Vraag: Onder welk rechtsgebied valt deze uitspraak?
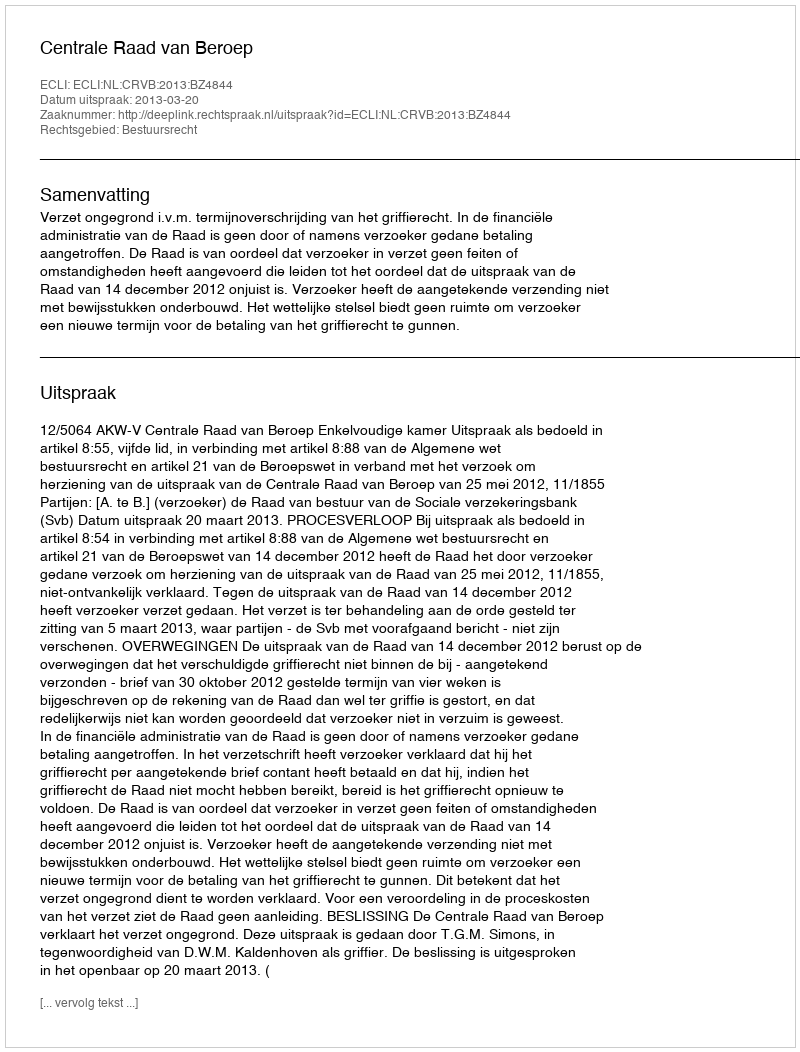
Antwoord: Bestuursrecht